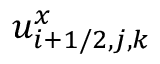
u _ { i + 1 / 2 , j , k } ^ { x }